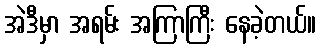
အဲဒီမှာ အရမ်း အကြာကြီး နေခဲ့တယ်။